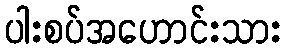
ပါးစပ်အဟောင်းသား